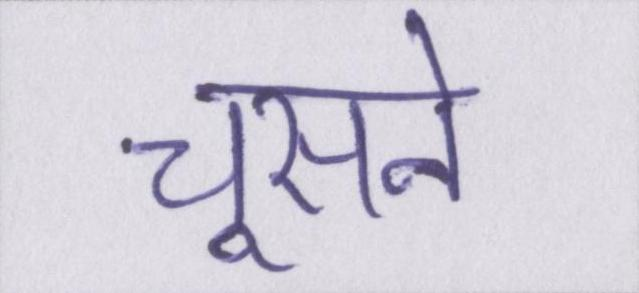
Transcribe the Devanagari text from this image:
चूसने